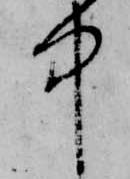
中